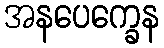
အနပေက္ခေန